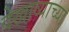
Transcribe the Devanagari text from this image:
देखाव्याच्या